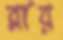
রায়